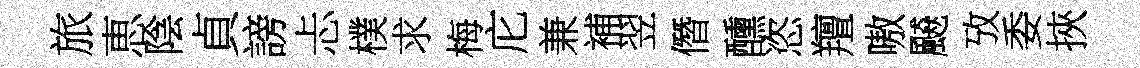
旅恵陰貞謗忐樸求梅庀兼補翌僭醺恣羶嗷飇攷委挾